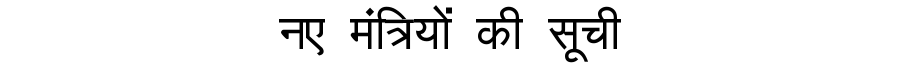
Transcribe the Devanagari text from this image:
नए मंत्रियों की सूची